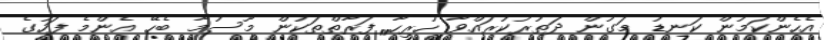
އެހެންކަމުން ކަނޑު މަގުން ދަތުރުކުރައްވާ ހުރިހާ ފަރާތްތަކުން މޫސުމާ ބެހޭ އެންމެ ފަހުގެ